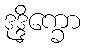
ဒုဒ္ဒိက္ခော